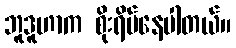
ဘူဒူဟာက စိုးရိမ်နေပါတယ်။